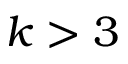
k > 3